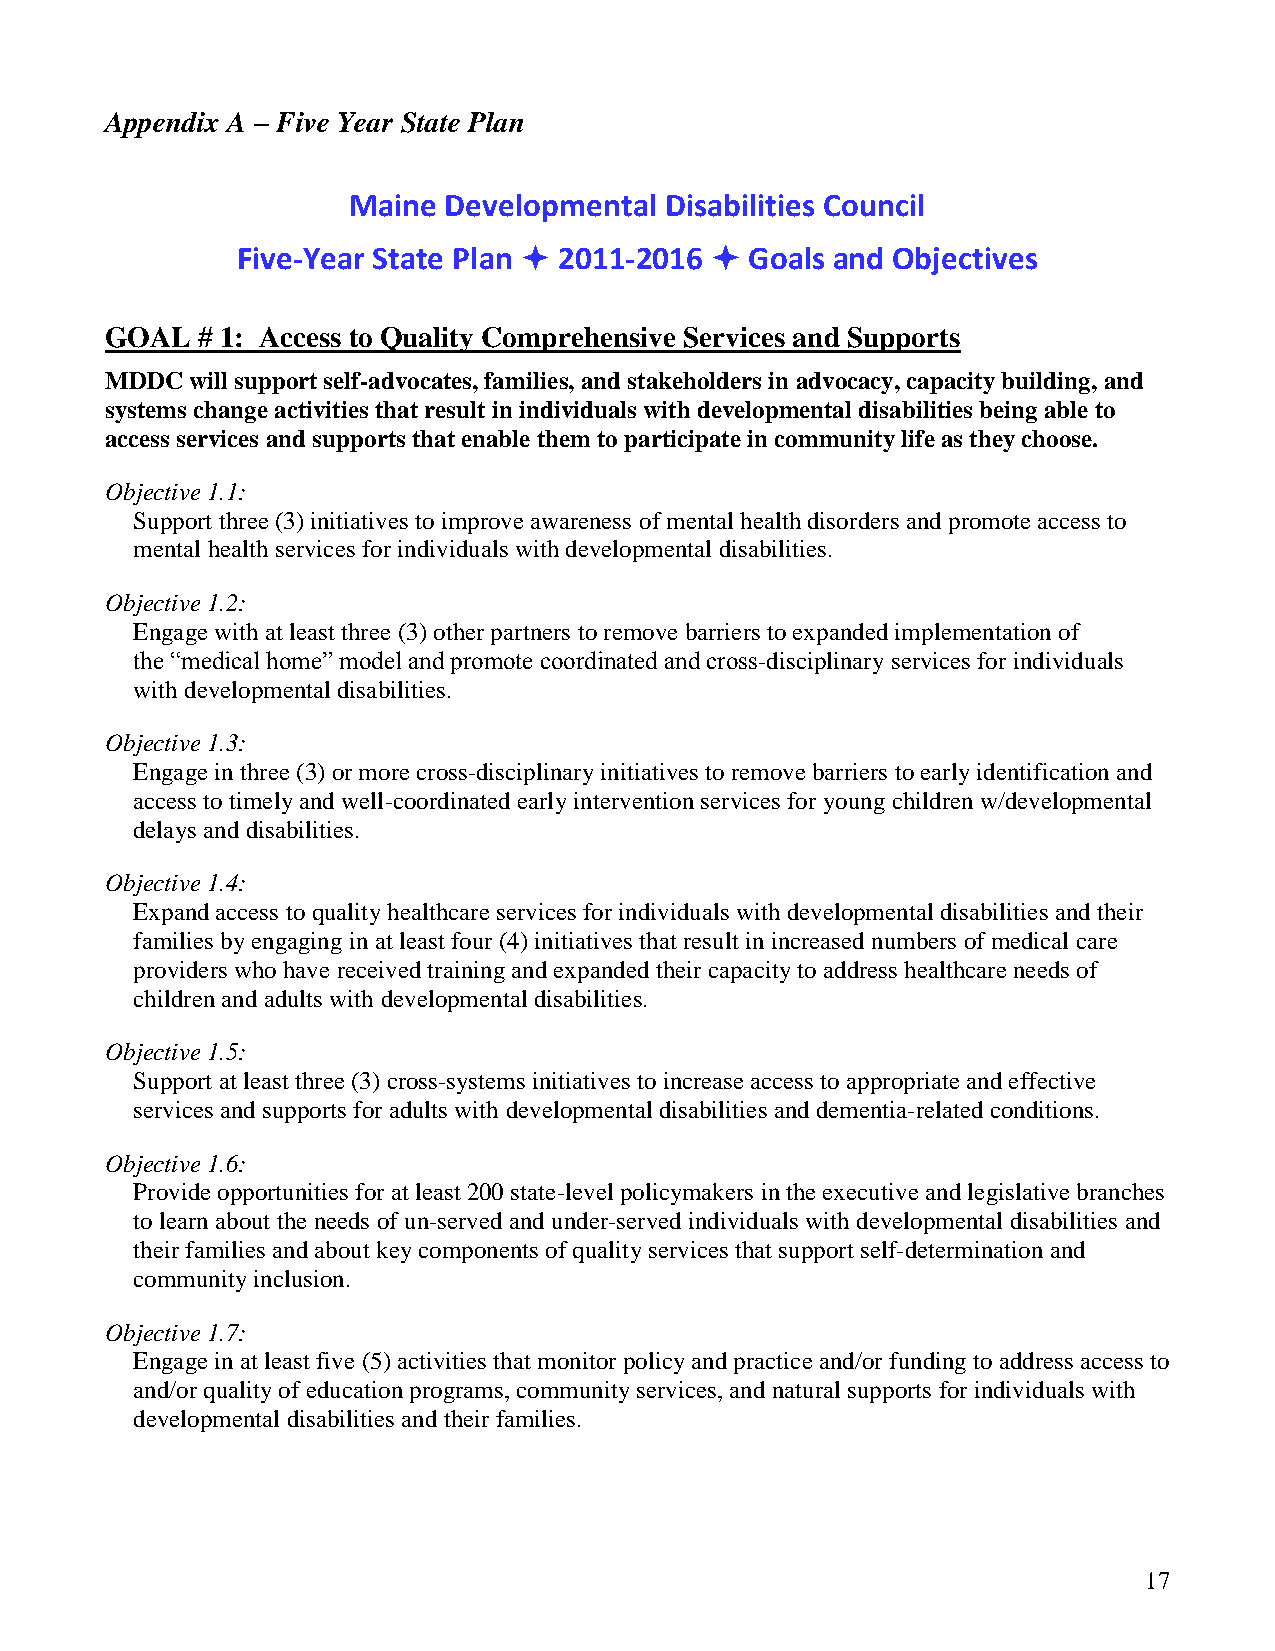
Appendix A – Five Year State Plan
 Maine Developmental  Disabilities Council
 Five-Year State Plan  2011-2016  Goals and Objectives
 GOAL  # 1: Access to Quality Comprehensive Services and Supports
 MDDC will support self-advocates, families, and stakeholders in advocacy, capacity building, and
 systems change activities that result in individuals with developmental disabilities being able to
 access services and supports that enable them to participate in community life as they choose.
 Objective 1.1:
 Support three (3) initiatives to improve awareness of mental health disorders and promote access to
 mental health services for individuals with developmental disabilities.
 Objective 1.2:
 Engage with at least three (3) other partners to remove barriers to expanded implementation of
 the “medical home” model and promote coordinated and cross-disciplinary services for individuals
 with developmental disabilities.
 Objective 1.3:
 Engage in three (3) or more cross-disciplinary initiatives to remove barriers to early identification and
 access to timely and well-coordinated early intervention services for young children w/developmental
 delays and disabilities.
 Objective 1.4:
 Expand access to quality healthcare services for individuals with developmental disabilities and their
 families by engaging in at least four (4) initiatives that result in increased numbers of medical care
 providers who have received training and expanded their capacity to address healthcare needs of
 children and adults with developmental disabilities.
 Objective 1.5:
 Support at least three (3) cross-systems initiatives to increase access to appropriate and effective
 services and supports for adults with developmental disabilities and dementia-related conditions.
 Objective 1.6:
 Provide opportunities for at least 200 state-level policymakers in the executive and legislative branches
 to learn about the needs of un-served and under-served individuals with developmental disabilities and
 their families and about key components of quality services that support self-determination and
 community inclusion.
 Objective 1.7:
 Engage in at least five (5) activities that monitor policy and practice and/or funding to address access to
 and/or quality of education programs, community services, and natural supports for individuals with
 developmental disabilities and their families.
 17